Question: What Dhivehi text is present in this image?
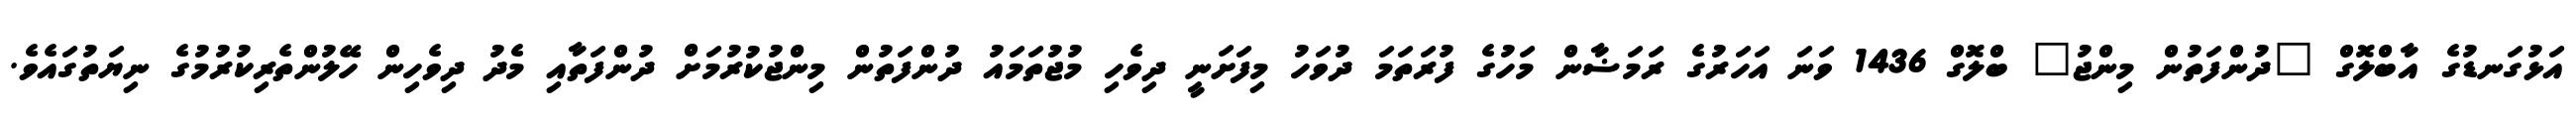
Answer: އަޅުގަނޑުގެ އާބްލޮގް "ދުންފަތުން މިންޖު" ބްލޮގް 1436 ވަނަ އަހަރުގެ ރަމަޟާން މަހުގެ ފުރަތަމަ ދުވަހު މިފަށަނީ ދިވެހި މުޖުތަމައު ދުންފަތުން މިންޖުކުރުމަށް ދުންފަތާއި މެދު ދިވެހިން ހޭލުންތެރިކުރުމުގެ ނިޔަތުގައެވެ.